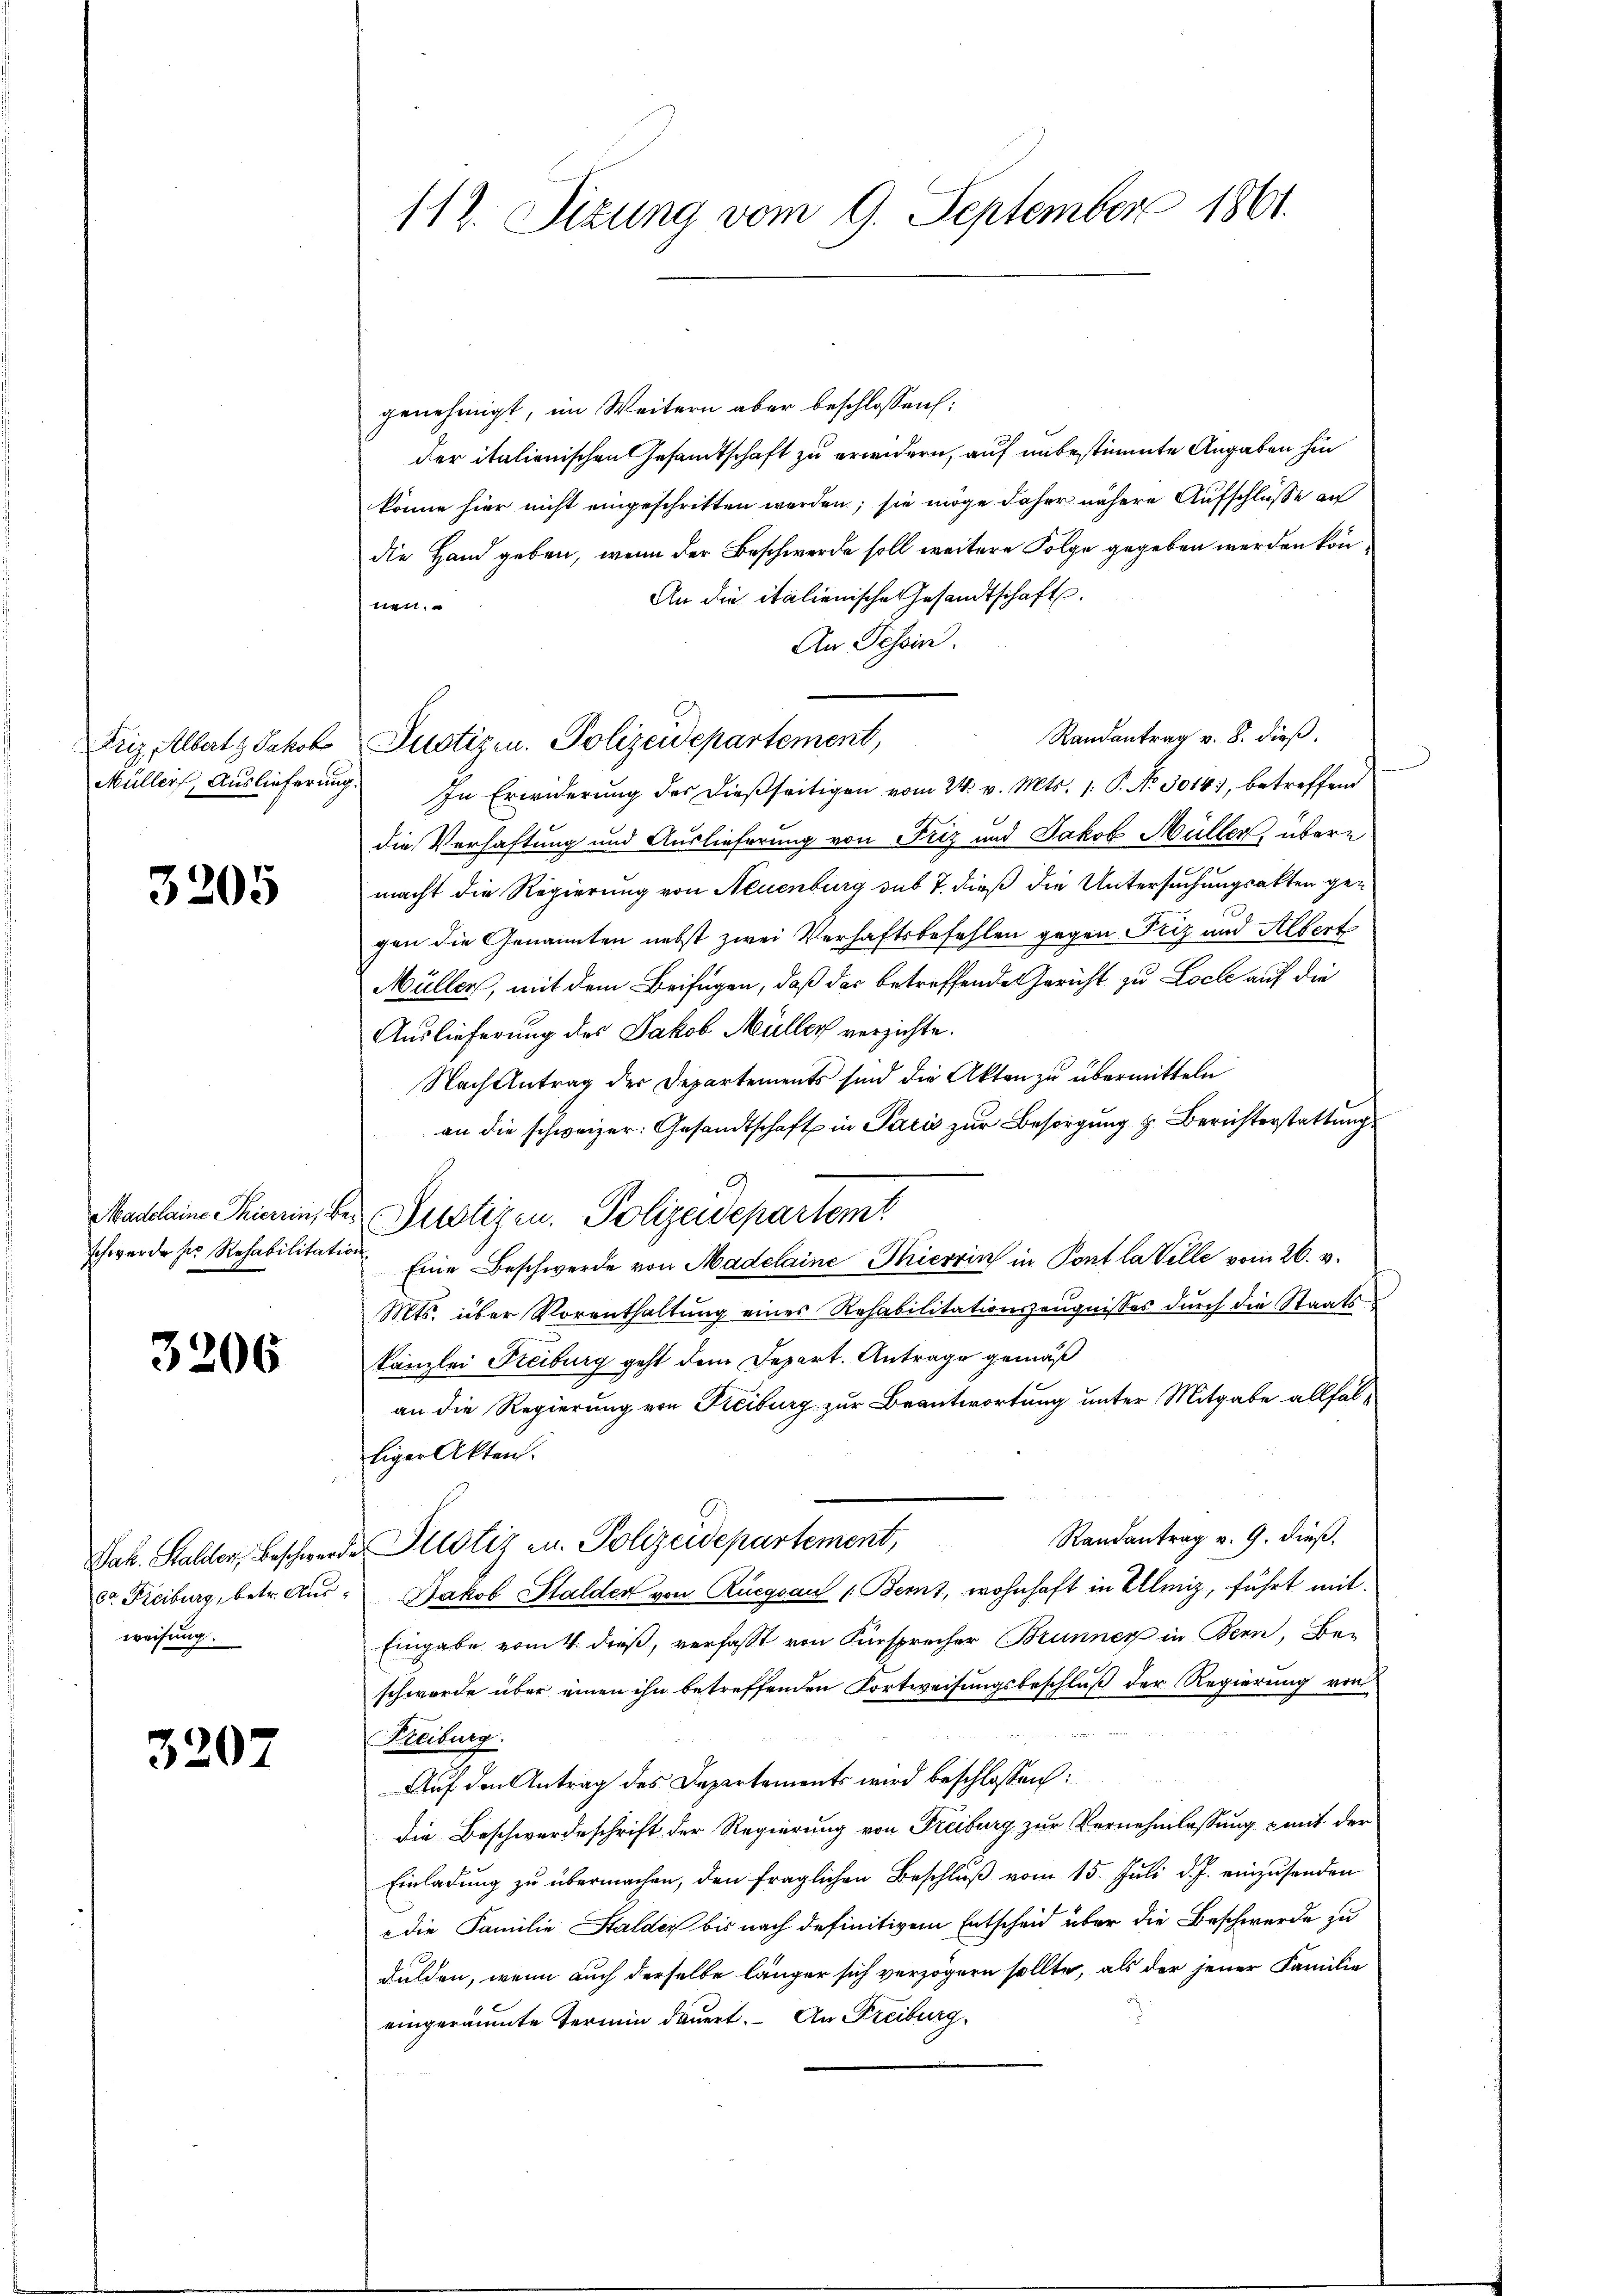
Friz Albert & Jakob

3205

schwerde ser Rehabilitation.

3206

weisung.

3207

112. Sizung vom 9. September 1861.

genehmigt, im Weitern aber beschlossen:
der italienischen Gesandtschaft zu erwidern, auf unbestimmte Angaben hin
könne hier nicht eingeschritten werden; sie möge daher nähere Aufschlüsse au
die Hand geben, wenn der Beschwerde soll weitere Folge gegeben werden könn¬
An die italienische Gesandtschaft.
tten.
An Tessin.
Randantrag v. 8. dieß,
Justizen. Polizeidepartement,
d
Müller, Auslieferŭng. In Erwiderŭng der dießseitigen vom 24. v. Mts. 1. P. No 30143, betreffend
die Verhaftung und Auslieferung von Friz und Jakob Müller, übere
macht die Regierung von Neuenburg sub 7. dieß die Untersuchungsakten gegen die Genannten nebst zwei Verhaftsbefehlen gegen Friz und Albert
Müller, mit dem Beifügen, daß das betreffende Gericht zu Loche auf die
Auslieferung des Jakob Müller verzichte.
Nach Antrag der Departements sind die Akten zu übermitteln
an die schweizer: Gesandtschaft in Paris zur Besorgung & Berichterstattungs
Madeleine Thieren, bei Bestigen. Polizeidepartemt
Eine Beschwerde von Madelaine Thierin in Pont la Velle vom 26. v.
Mts. über Vorenthaltung eines Rehabilitationszeugnisses durch die Staatskanzlei Freiburg geht dem Depart. Antrage gemäß
an die Regierung von Freiburg zur Beantwortung unter Mitgabe allfälliger Akten.
Randantrag v. 9. dieß,
Jak. Stalder Beschwerde Plotiz u. Polizeidepartement,
do Freiburg, betr. Aŭs: Jakob Stalden von Rüegsau 1. Bernt, wohnhaft in Ullmiz, führt mit
Eingabe vom 4. dieß, verfasst von Fürsprecher Brunner in Bern, Bei
schwerde über einen ihn betreffenden Fortweisungsbeschluß der Regierung von
Freiburg.
Auf den Antrag des Departements wird beschlossen:
die Beschwerdeschrift der Regierung von Freiburg zur Vernehmlassung & mit der
Einladung zu übermachen, den fraglichen Beschluß vom 15. Juli d. J. einzusenden
 die Familie Stalder bis nach definitivem Entscheid über die Beschwerde zu
dulden, wenn auch derselbe länger sich verzögern sollte, als der jener Familie
eingeräumte Termin dauert. – An Freiburg,